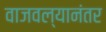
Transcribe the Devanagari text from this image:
वाजवल्यानंतर